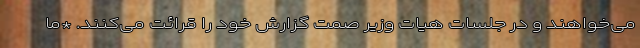
می‌خواهند و در جلسات هیات وزیر صمت گزارش خود را قرائت می‌کنند. *ما